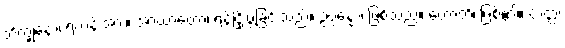
ဘိက္ခုနော၊ ရဟန်းအား။ အာဃာတော၊ ရန်ငြိုးဖွဲ့ခြင်းသည်။ ဥပ္ပန္နော၊ ဖြစ်သည်။ ဟောတိ၊ ဖြစ်၏။ တတ္ထ၊